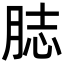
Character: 䏯